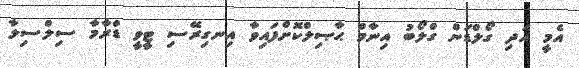
އެމީ އަދި ގޯލްޑަން ގްލޯބު އިނާމް ޙާޞިލްކޮށްފައިވާ އިނގިރޭސި ޓީވީ ޑްރާމާ ސިލްސިލާ